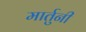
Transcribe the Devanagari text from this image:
मार्तुनी